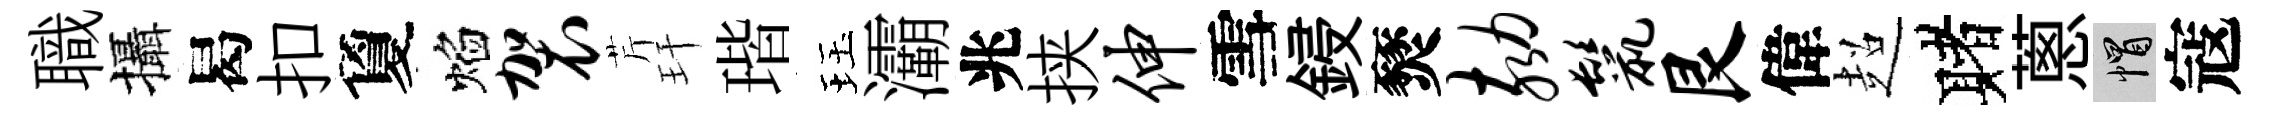
職攝曷扣夐焰袈芹玕瑎珏灞兆挟伸雪鋟燹劾鬣艮偉超赌蔥帽寇